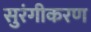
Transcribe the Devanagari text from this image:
सुरंगीकरण